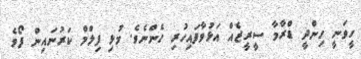
ހީވަނީ ހިންދީ ޑްރާމާ ސީރީޒެއް އަޅުވާފައިހުރި ހެންނެވެ. މުޅި ފިލްމް ކަރުނައިން ފޯވެ